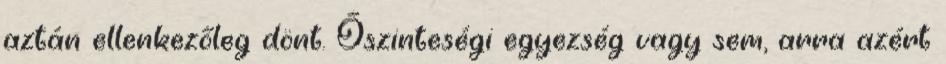
aztán ellenkezőleg dönt. Őszinteségi egyezség vagy sem, arra azért